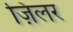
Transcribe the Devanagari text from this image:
ज़िलर